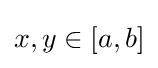
x,y\in [a,b]